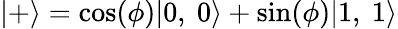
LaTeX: |+\rangle=\cos(\phi)|0,\ 0\rangle+\sin(\phi)|1,\ 1\rangle